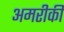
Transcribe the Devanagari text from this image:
अमरीकी